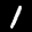
Label: 1